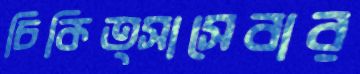
চিকিত্সাসেবার